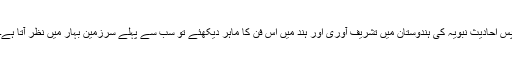
پس احادیث نبویہ کی ہندوستان میں تشریف آوری اور ہند میں اس فن کا ماہر دیکھئے تو سب سے پہلے سرزمین بہار میں نظر آتا ہے۔